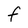
Character: F